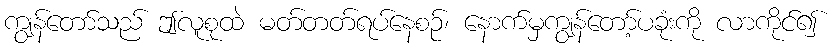
ကျွန်တော်သည် ဤလူစုထဲ မတ်တတ်ရပ်နေစဉ်၊ နောက်မှကျွန်တော့်ပခုံးကို လာကိုင်၍